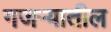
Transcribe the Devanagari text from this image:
गजर्‍यातील